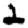
Digit: 2